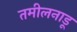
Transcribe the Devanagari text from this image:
तमीलनाडू